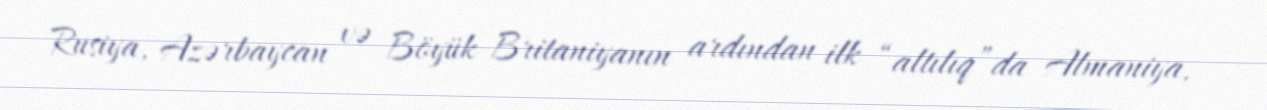
Rusiya, Azərbaycan və Böyük Britaniyanın ardından ilk “altılıq”da Almaniya,